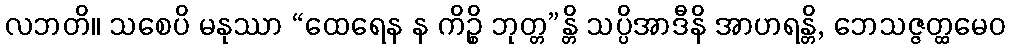
လဘတိ။ သစေပိ မနုဿာ “ထေရေန န ကိဉ္စိ ဘုတ္တ”န္တိ သပ္ပိအာဒီနိ အာဟရန္တိ, ဘေသဇ္ဇတ္ထမေဝ